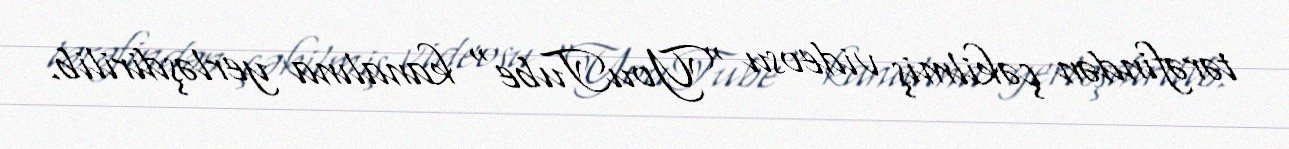
tərəfindən çəkilmiş videosu "YouTube" kanalına yerləşdirilib.